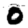
Digit: 0